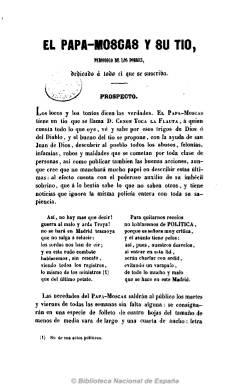
Título: El Papamoscas y su tío
Otros títulos: Título del prospecto: Papa-moscas y su tio
Colección: Revistas satíricas y humorísticas || Periódicos
Ámbito geográfico: Madrid
Lugar de publicación: Madrid
Fechas: 02/06/1848-04/08/1848

Publicación satírica madrileña subtitulada “periódico de los pobres”, de frecuencia bisemanal (salía los martes y viernes) en números (“necedades”) de ocho páginas. Según su prospecto, se propone “descubrir al pueblo todos los abusos, felonías, infamias, robos y maldades que se cometan por toda clase de personas”. Sus contenidos son preferentemente diálogos en los que en tono jocoso se trata de la vida cotidiana madrileña, de sus teatros y personajes públicos, con ayuda de algunas composiciones en verso, y otros breves. Bajo su cabecera imprime un gran grabado de los dos personajes. Es continuada por el título El tío y el sobrino, y este por: Pericón y Pendanga, todas ellas con el mismo carácter satírico.